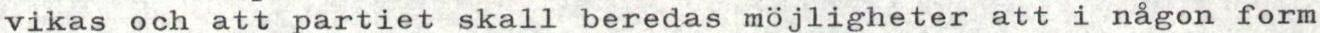
vikas och att partiet skall beredas möjligheter att i någon form